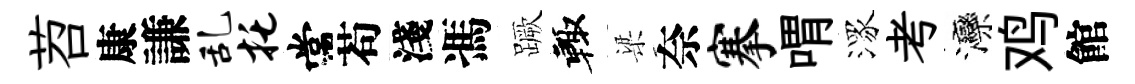
苕康謙乱托常苟淺馮蹶輙梁奈搴喟潈考灤鸡館